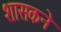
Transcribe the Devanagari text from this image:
शासकने